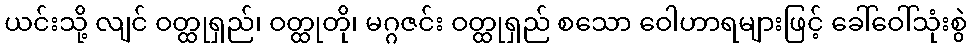
ယင်းသို့ လျင် ဝတ္ထုရှည်၊ ဝတ္ထုတို၊ မဂ္ဂဇင်း ဝတ္ထုရှည် စသော ဝေါဟာရများဖြင့် ခေါ်ဝေါ်သုံးစွဲ